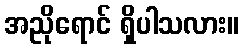
အညိုရောင် ရှိပါသလား။